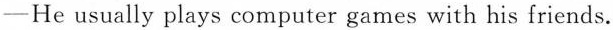
—He usually plays computer games with his friends.